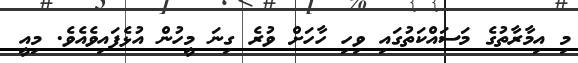
މި އިމާރާތުގެ މަސައްކަތުގައި ވިހި ހާހަށް ވުރެ ގިނަ މީހުން އުޅެފައިވެއެވެ. މިއީ